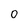
Character: O